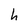
Character: h